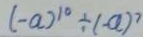
( - a ) ^ { 1 0 } \div ( - a ) ^ { 7 }